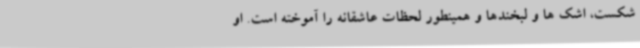
شکست، اشک ها و لبخندها و همینطور لحظات عاشقانه را آموخته است. او